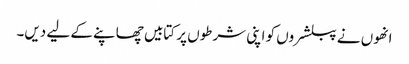
انھوں نے پبلشروں کو اپنی شرطوں پر کتابیں چھاپنے کے لیے دیں۔